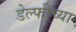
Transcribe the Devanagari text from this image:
डेल्फीच्या